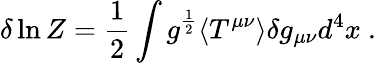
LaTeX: \delta\ln Z={\frac{1}{2}}\int g^{\frac{1}{2}}\langle T^{\mu\nu}\rangle\delta g_{\mu\nu}d^{4}x\space.